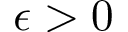
\epsilon > 0